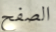
الصفح